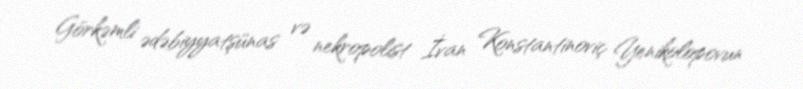
Görkəmli ədəbiyyatşünas və nekropolist İvan Konstantinoviç Yenikolopovun